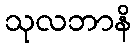
သုလဘာနိ